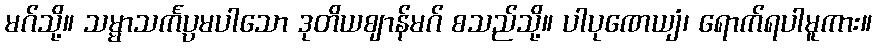
မဂ်သို့။ သမ္မာသင်္ကပ္ပမပါသော ဒုတိယဈာန်မဂ် စသည်သို့။ ပါပုဏေယျံ၊ ရောက်ရပါမူကား။